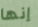
إنها